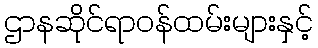
ဌာနဆိုင်ရာဝန်ထမ်းများနှင့်